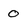
Character: 0